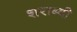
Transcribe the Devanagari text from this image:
शराब्दी